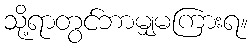
သို့ရာတွင်ဘာမျှမကြားရ။